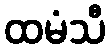
ထမံသီ